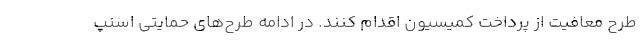
طرح معافیت از پرداخت کمیسیون اقدام کنند. در ادامه طرح‌های حمایتی اسنپ